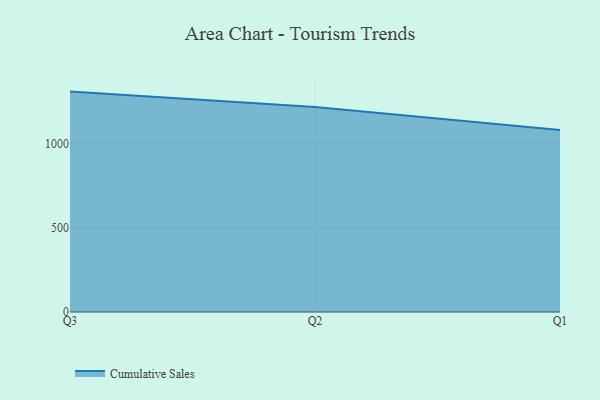
{"axis": {"x": "Quarter", "y": "Market Share (%)"}, "legend": ["Cumulative Sales"], "data": [{"x": "Q3", "y": 1306.5, "type": "Cumulative Sales"}, {"x": "Q2", "y": 1215.0, "type": "Cumulative Sales"}, {"x": "Q1", "y": 1078.9, "type": "Cumulative Sales"}]}